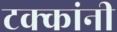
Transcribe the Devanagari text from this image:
टक्कांनी